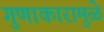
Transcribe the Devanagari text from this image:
गुणाकारामुळे